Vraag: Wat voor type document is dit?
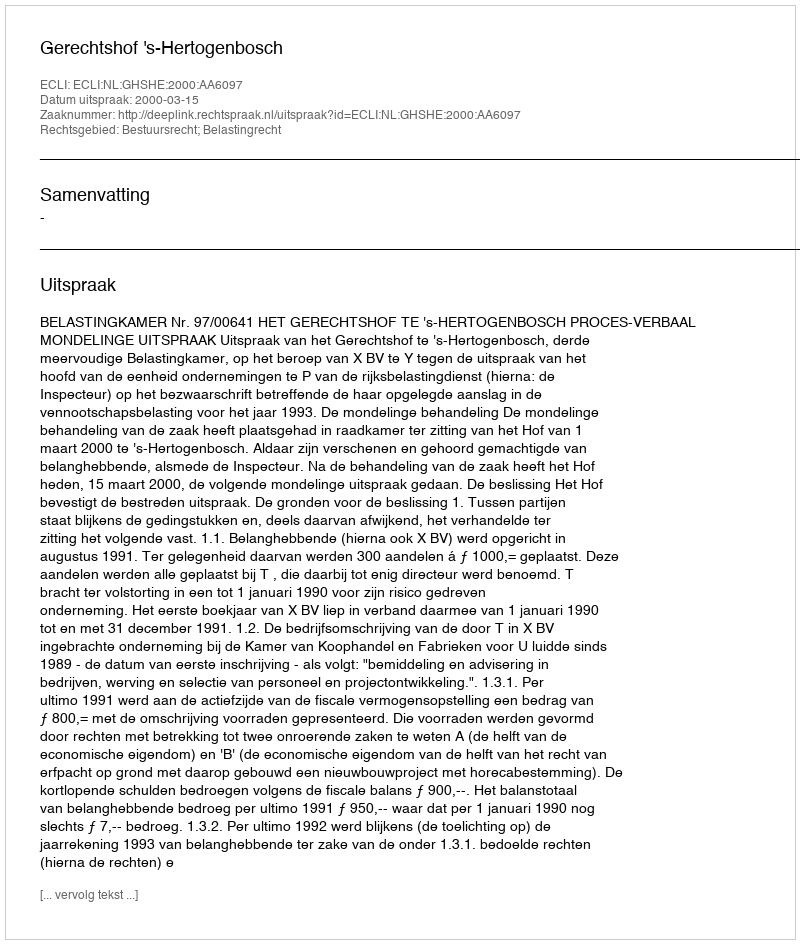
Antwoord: Uitspraak